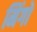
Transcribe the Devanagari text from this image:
मिंगों